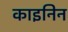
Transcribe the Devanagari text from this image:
काइनिन